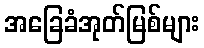
အခြေခံအုတ်မြစ်များ